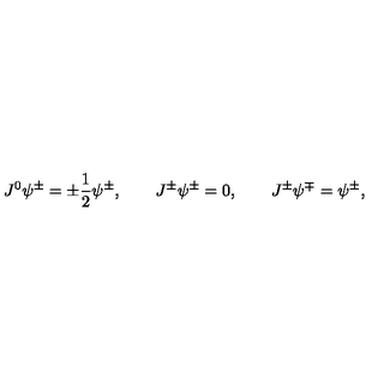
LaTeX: J ^ { 0 } \psi ^ { \pm } = \pm \frac 1 2 \psi ^ { \pm } , \qquad J ^ { \pm } \psi ^ { \pm } = 0 , \qquad J ^ { \pm } \psi ^ { \mp } = \psi ^ { \pm } ,